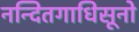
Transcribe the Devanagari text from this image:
नन्दितगाधिसूनो